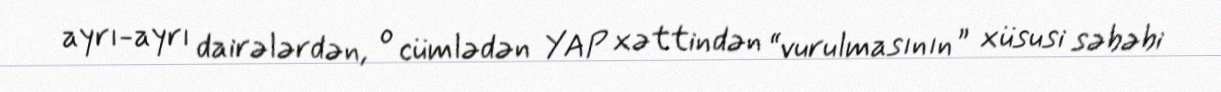
ayrı-ayrı dairələrdən, o cümlədən YAP xəttindən “vurulmasının” xüsusi səbəbi